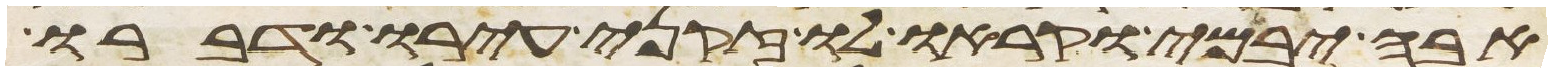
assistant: אבה יבמי וקראו לו זקני עירו ודברו